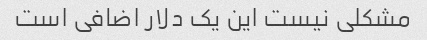
مشکلی نیست این یک دلار اضافی است